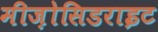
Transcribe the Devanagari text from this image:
मीज़ोसिडराइट